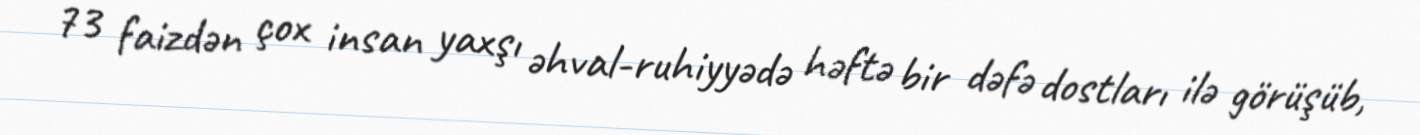
73 faizdən çox insan yaxşı əhval-ruhiyyədə həftə bir dəfə dostları ilə görüşüb,